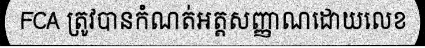
FCA ត្រូវបានកំណត់អត្តសញ្ញាណដោយលេខ